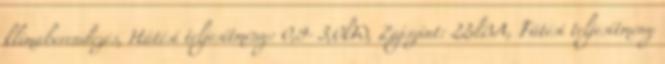
klímaberendezés, Hűtési teljesítmény: 0,9- 3,0kW, Zajszint: 22dBA, Fűtési teljesítmény